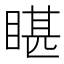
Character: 𭿄